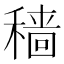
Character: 穑